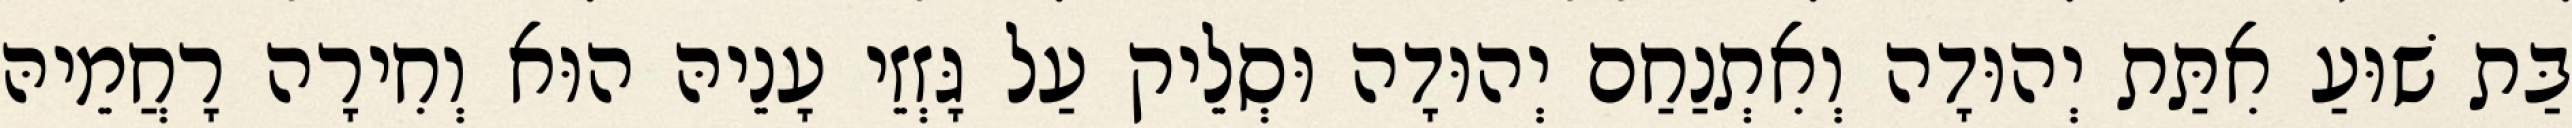
בַּת שׁוּעַ אִתַּת יְהוּדָה וְאִתְנַחַם יְהוּדָה וּסְלֵיק עַל גָּזְזֵי עָנֵיהּ הוּא וְחִירָה רָחֲמֵיהּ